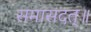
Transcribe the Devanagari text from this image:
समासदत्॥